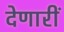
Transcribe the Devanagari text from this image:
देणारीं